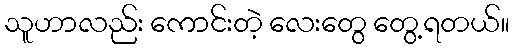
သူဟာလည်း ကောင်းတဲ့ လေးတွေ တွေ့ရတယ်။